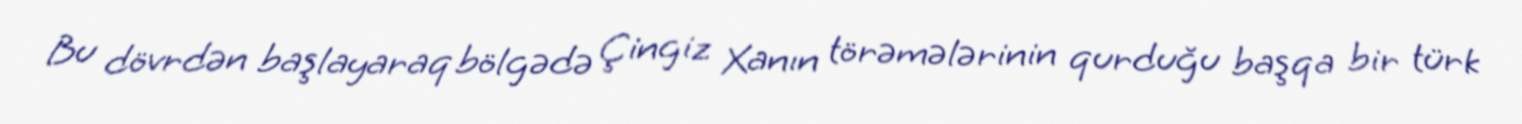
Bu dövrdən başlayaraq bölgədə Çingiz Xanın törəmələrinin qurduğu başqa bir türk